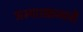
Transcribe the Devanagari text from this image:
अभ्‍यासक्रमाची